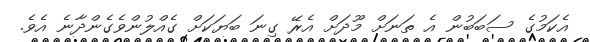
އެކަމުގެ ސަބަބުން އެ ތަނަށް މޫދަށް އެރޭ ގިނަ ބަޔަކަށް ގެއްލުންވެގެންދާނެ އެވެ.